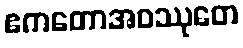
ဧကတောအဝဿုတေ